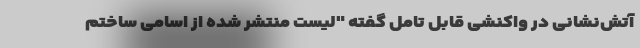
آتش‌نشانی در واکنشی قابل تامل گفته "لیست منتشر شده از اسامی ساختم